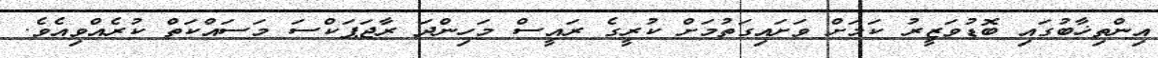
އިންތިޚާބުގައި ބޮޑުވަޒީރު ކަމަށް ވަށައިގަތުމަށް ކުރީގެ ރައީސް މަހިންދަ ރާޖަޕަކްސަ މަސައްކަތް ކުރެއްވިއެވެ.